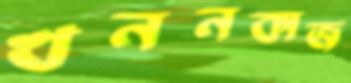
খননকাজ